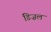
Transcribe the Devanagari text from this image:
डिज़ल